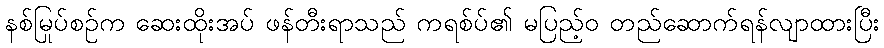
နစ်မြုပ်စဉ်က ဆေးထိုးအပ် ဖန်တီးရာသည် ကရစ်ပ်၏ မပြည့်ဝ တည်ဆောက်ရန်လျာထားပြီး